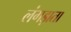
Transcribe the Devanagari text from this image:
लंगड़ाता